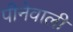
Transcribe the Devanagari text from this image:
पीनेवाली